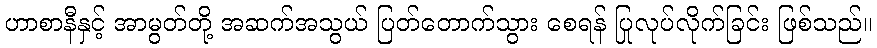
ဟာစာနီနှင့် အာမွတ်တို့ အဆက်အသွယ် ပြတ်တောက်သွား စေရန် ပြုလုပ်လိုက်ခြင်း ဖြစ်သည်။